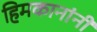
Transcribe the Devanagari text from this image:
हिमकानांनी